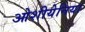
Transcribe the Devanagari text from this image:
ओशीयेनिया